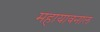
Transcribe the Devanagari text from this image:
महायावनाल